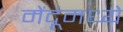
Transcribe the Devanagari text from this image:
मेंदूंमध्ये